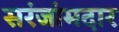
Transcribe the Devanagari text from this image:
सरंजांमदार